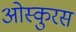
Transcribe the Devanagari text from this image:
ओस्कुरस